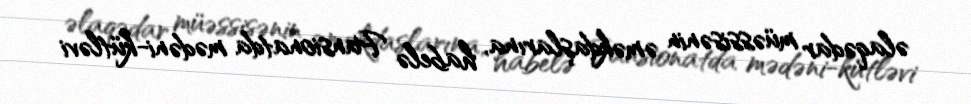
əlaqədar müəssisənin əməkdaşlarına, habelə Pansionatda mədəni-kütləvi